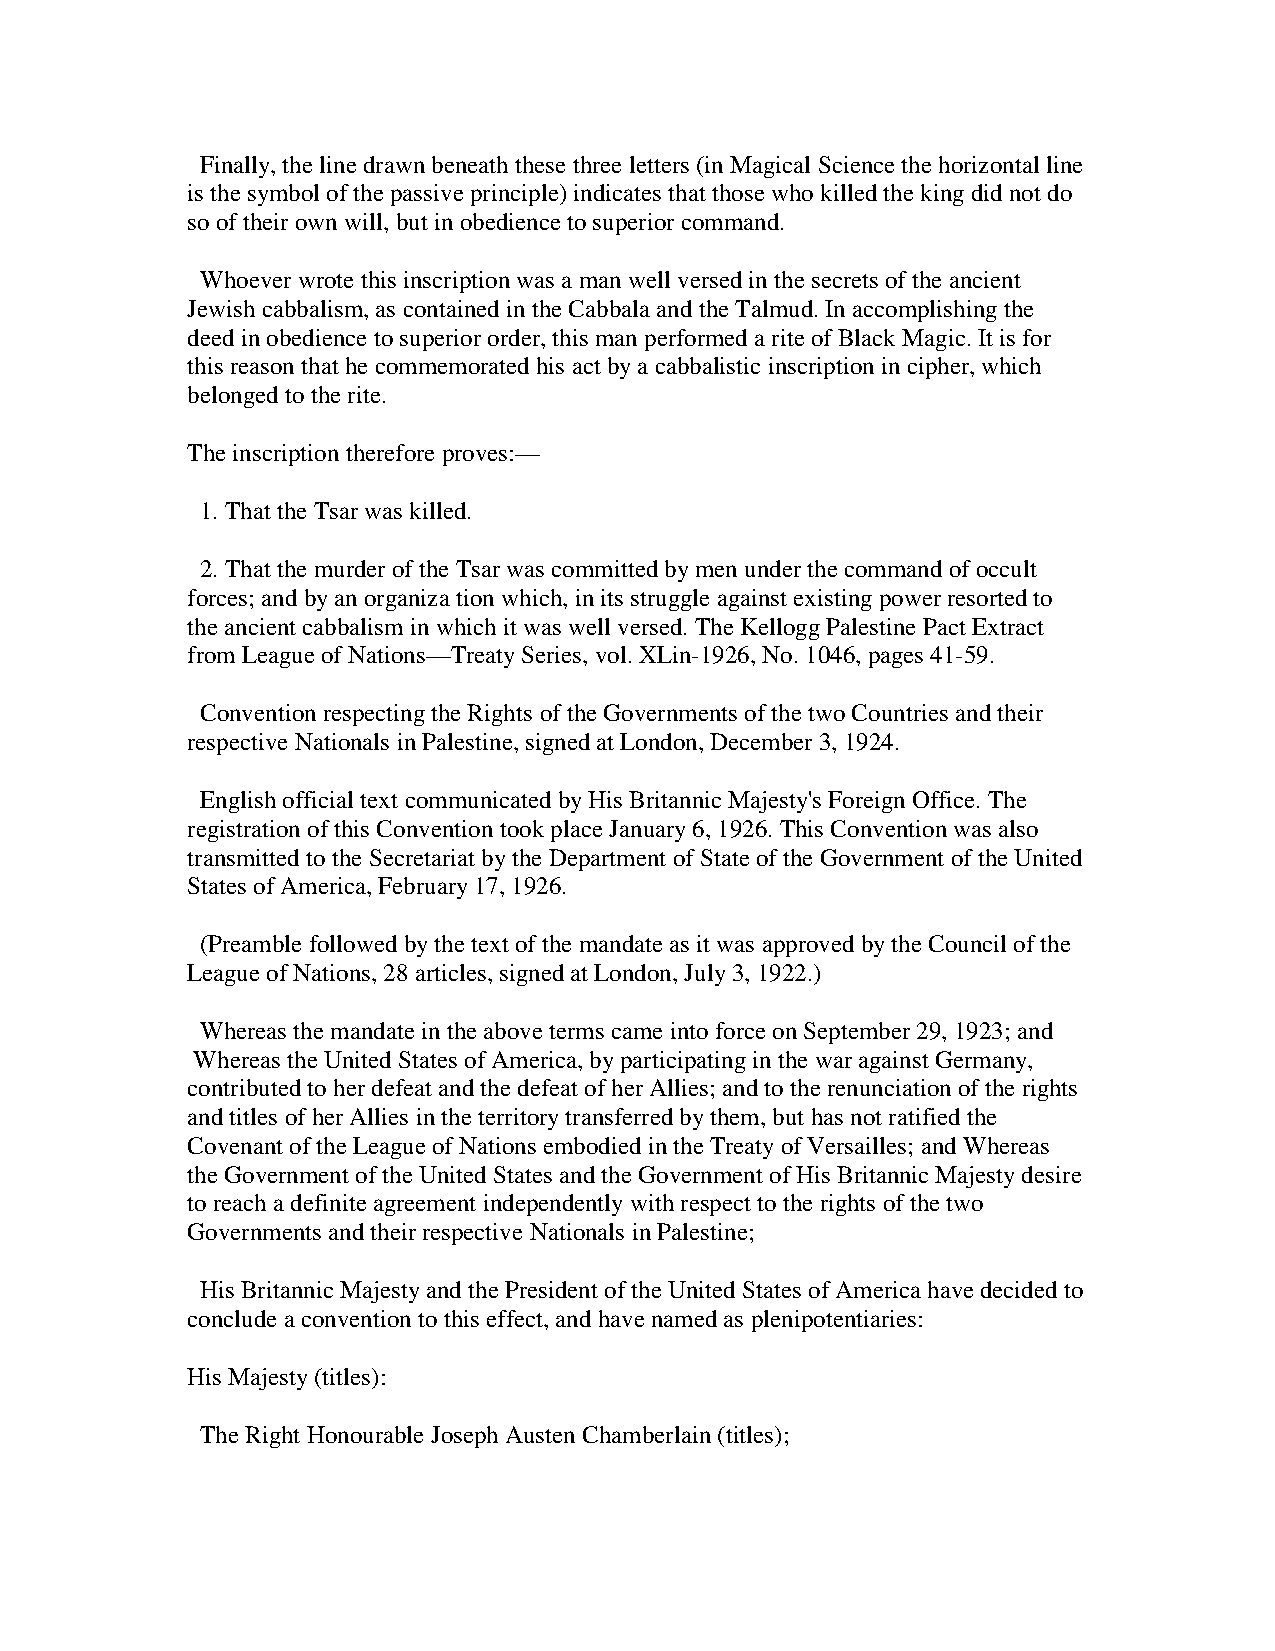
Finally, the line drawn beneath these three letters (in Magical Science the horizontal line
 is the symbol of the passive principle) indicates that those who killed the king did not do
 so of their own will, but in obedience to superior command.
 Whoever wrote this inscription was a man well versed in the secrets of the ancient
 Jewish cabbalism, as contained in the Cabbala and the Talmud. In accomplishing the
 deed in obedience to superior order, this man performed a rite of Black Magic. It is for
 this reason that he commemorated his act by a cabbalistic inscription in cipher, which
 belonged to the rite.
 The inscription therefore proves:—
 1. That the Tsar was killed.
 2. That the murder of the Tsar was committed by men under the command of occult
 forces; and by an organiza tion which, in its struggle against existing power resorted to
 the ancient cabbalism in which it was well versed. The Kellogg Palestine Pact Extract
 from League of Nations—Treaty Series, vol. XLin-1926, No. 1046, pages 41-59.
 Convention respecting the Rights of the Governments of the two Countries and their
 respective Nationals in Palestine, signed at London, December 3, 1924.
 English official text communicated by His Britannic Majesty's Foreign Office. The
 registration of this Convention took place January 6, 1926. This Convention was also
 transmitted to the Secretariat by the Department of State of the Government of the United
 States of America, February 17, 1926.
 (Preamble followed by the text of the mandate as it was approved by the Council of the
 League of Nations, 28 articles, signed at London, July 3, 1922.)
 Whereas the mandate in the above terms came into force on September 29, 1923; and
 Whereas the United States of America, by participating in the war against Germany,
 contributed to her defeat and the defeat of her Allies; and to the renunciation of the rights
 and titles of her Allies in the territory transferred by them, but has not ratified the
 Covenant of the League of Nations embodied in the Treaty of Versailles; and Whereas
 the Government of the United States and the Government of His Britannic Majesty desire
 to reach a definite agreement independently with respect to the rights of the two
 Governments and their respective Nationals in Palestine;
 His Britannic Majesty and the President of the United States of America have decided to
 conclude a convention to this effect, and have named as plenipotentiaries:
 His Majesty (titles):
 The Right Honourable Joseph Austen Chamberlain (titles);